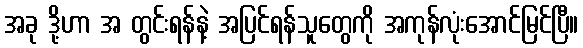
အခု ဒို့ဟာ အ တွင်းရန်နဲ့ အပြင်ရန်သူတွေကို အကုန်လုံးအောင်မြင်ပြီ။